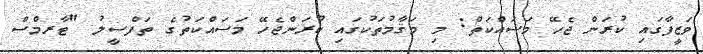
ވަޒީފާގައި ކުރަން ޖެހޭ މަސައްކަތް: މި މަޤާމުތަކުގައި ކުރަންޖެހޭ މަސައްކަތުގެ ތަފްސީލު "ޓާރމްސް